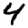
Digit: 4